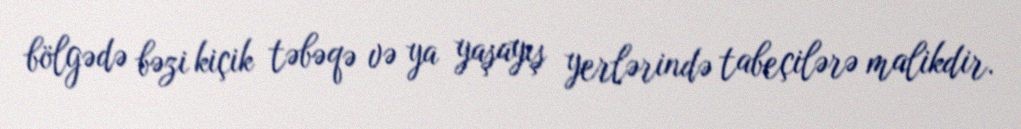
bölgədə bəzi kiçik təbəqə və ya yaşayış yerlərində tabeçilərə malikdir.